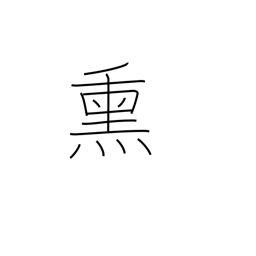
Meaning: fog